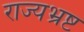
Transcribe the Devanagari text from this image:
राज्यभ्रष्ट